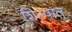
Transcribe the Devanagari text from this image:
शिल्पात्